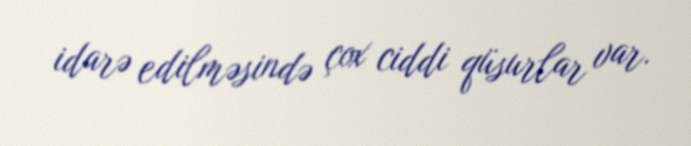
idarə edilməsində çox ciddi qüsurlar var.